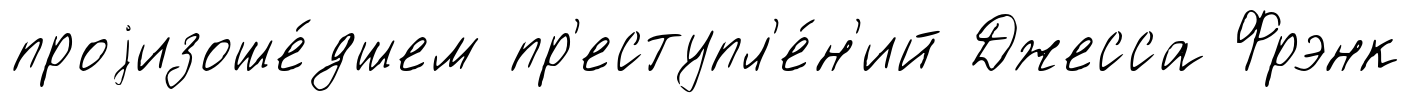
проjизоше́дшем пр'еступл'е́н'ий Джесса Фрэнк